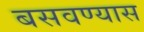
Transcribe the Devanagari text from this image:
बसवण्‍यास